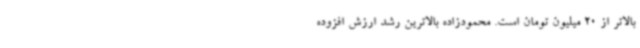
بالاتر از 20 میلیون تومان است. محمودزاده بالاترین رشد ارزش افزوده